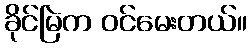
ခိုင်မြဲက ဝင်မေးတယ်။